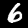
Digit: 6